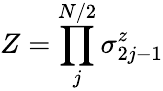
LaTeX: Z=\prod_{j}^{N/2}\sigma_{2j-1}^{z}